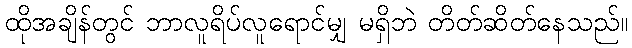
ထိုအချိန်တွင် ဘာလူရိပ်လူရောင်မျှ မရှိဘဲ တိတ်ဆိတ်နေသည်။